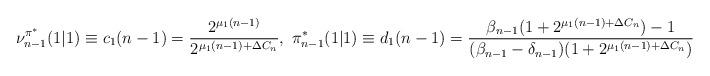
LaTeX: \begin{align*}\nu^{\pi^*}_{n-1}(1|1)\equiv{{c}_1(n-1)=\frac{2^{\mu_1(n-1)}}{2^{\mu_1(n-1)+\Delta{C}_n}}},~\pi^*_{n-1}(1|1)\equiv{{d_1(n-1)}=\frac{\beta_{n-1}(1+2^{\mu_1(n-1)+\Delta{C}_n})-1}{(\beta_{n-1}-\delta_{n-1})(1+2^{\mu_1(n-1)+\Delta{C}_n})}}\end{align*}